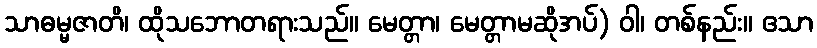
သာဓမ္မဇာတိ၊ ထိုသဘောတရားသည်။ မေတ္တာ၊ မေတ္တာမဆိုအပ်) ဝါ၊ တစ်နည်း။ ဧသာ